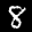
Digit: 8